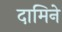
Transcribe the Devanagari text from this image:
दामिने